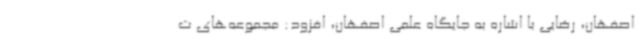
اصفهان، رضایی با اشاره به جایگاه علمی اصفهان، افزود: مجموعه‌های ت